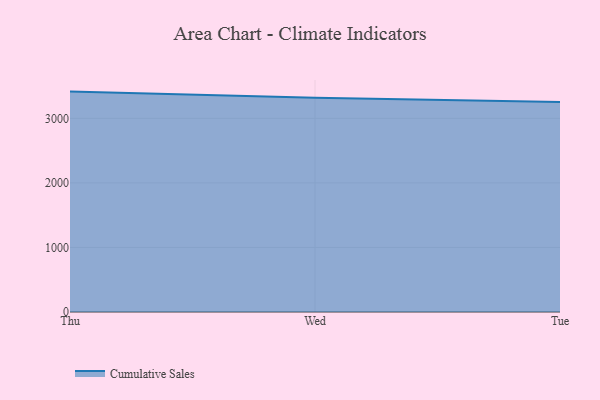
{"axis": {"x": "Day", "y": "Conversion Rate (%)"}, "legend": ["Cumulative Sales"], "data": [{"x": "Thu", "y": 3414.0, "type": "Cumulative Sales"}, {"x": "Wed", "y": 3317.4, "type": "Cumulative Sales"}, {"x": "Tue", "y": 3253.0, "type": "Cumulative Sales"}]}